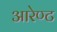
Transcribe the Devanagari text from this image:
आरेण्ट